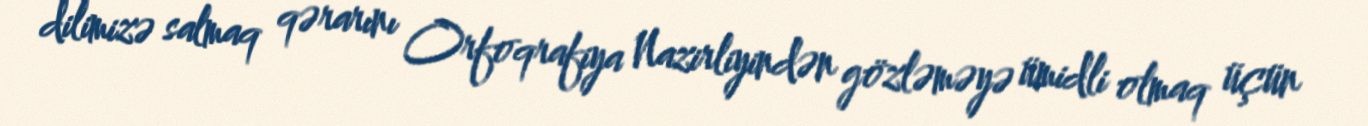
dilimizə salmaq qərarını Orfoqrafiya Nazirliyindən gözləməyə ümidli olmaq üçün